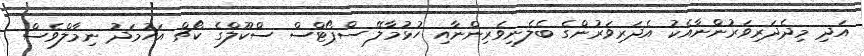
އަދި މިދެދަރިވަރުންނާއެކު އެދަރިވަރުންގެ ބެލެނިވެރިންނާއި ހުޅުމާލޭ ސްޕޯޓްސް ސްކޫލްގެ ކޯޗް އަހުމަދު ނިމާލްވެސް